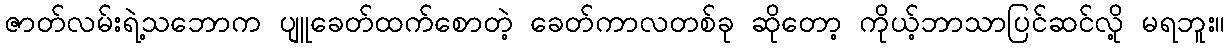
ဇာတ်လမ်းရဲ့သဘောက ပျူခေတ်ထက်စောတဲ့ ခေတ်ကာလတစ်ခု ဆိုတော့ ကိုယ့်ဘာသာပြင်ဆင်လို့ မရဘူး။